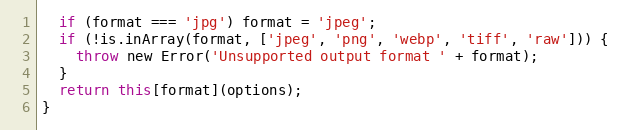
Language: JavaScript
  if (format === 'jpg') format = 'jpeg';
  if (!is.inArray(format, ['jpeg', 'png', 'webp', 'tiff', 'raw'])) {
    throw new Error('Unsupported output format ' + format);
  }
  return this[format](options);
}